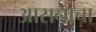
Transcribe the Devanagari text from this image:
आसनाचा